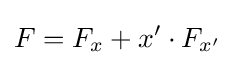
F=F_{x}+x'\cdot F_{x'}